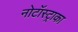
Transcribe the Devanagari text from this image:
नोटॉस्ट्राका